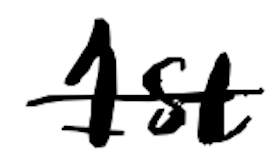
Text: 1st
Cross-out: mix
Writing tool: digital_black